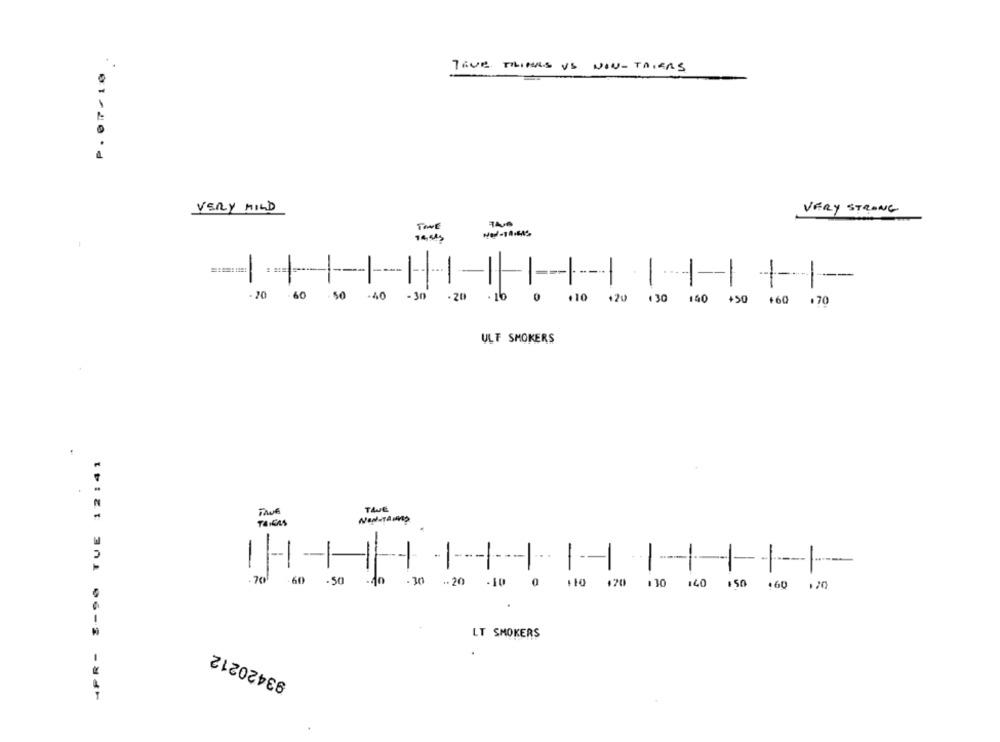
P. 07/10 .
TEVE TILIANES US NON-TRIERS
VERY STRANG
VERY MILD
TOME
94, 5kg
-
----
...
...
-
1-
- 20
.60
.50
.40
-30
.20 - 16
.10 +20 130 140 +50 +60 170
ULF SMOKERS
4PR- 3-96 TUE 12:41
TAvE
-
-
-
1-
-
3
-
-70
.60
.50
- 30
.. 2
110 120 130 140 150 .60 120
LT SMOKERS
93420212